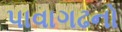
પાવાગઢનો